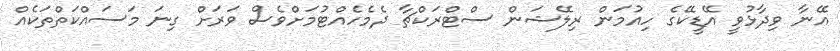
އޭނާ ވިދާޅުވީ އޭޑީކޭގެ ހިއުމަން ރިލޭޝަން ސްޓްރަކްޗާ ދެމެހެއްޓުމަށްވެސް ވަރަށް ގިނަ މަސައްކަތްތަކެއް